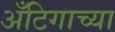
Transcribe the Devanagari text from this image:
अँटिगाच्या